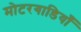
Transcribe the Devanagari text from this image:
मोटरगाडियाँ